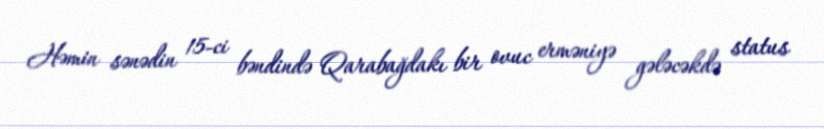
Həmin sənədin 15-ci bəndində Qarabağdakı bir ovuc erməniyə gələcəkdə status